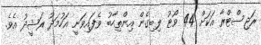
ރަޖިސްޓްރާ އަކަށް 44 ވޯޓު ލިބިގެން އިންތިހާބު ވެފައިވަނީ އަހުމަދު ރަޝީދު އެވެ.